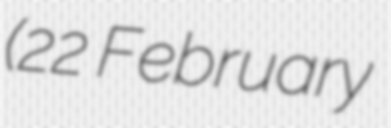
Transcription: (22 February